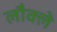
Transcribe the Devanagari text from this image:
लौक्ले